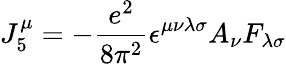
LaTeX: J_{5}^{\mu}=-\frac{e^{2}}{8\pi^{2}}\epsilon^{\mu\nu\lambda\sigma}A_{\nu}F_{\lambda\sigma}